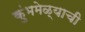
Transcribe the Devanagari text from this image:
कुंभमेळ्याची